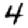
Digit: 4